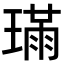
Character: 𤨸